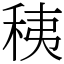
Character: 䄺